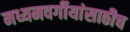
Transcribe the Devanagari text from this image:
मध्यमवर्गीयांसाठीच